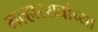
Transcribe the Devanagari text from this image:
मल्हाररावांच्या